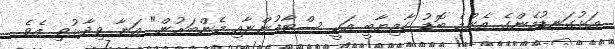
އަޅުގަނޑުމެންގެ އެންމެ ބޮޑު ކާމިޔާބީ އަކީ ސްޓާފުންނާއި މެންބަރުން" އަނާ ވިދާޅުވި އެވެ.